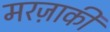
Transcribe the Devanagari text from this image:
मरज़ाकी